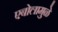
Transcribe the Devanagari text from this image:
एबोलामुळे